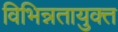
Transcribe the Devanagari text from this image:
विभिन्नतायुक्त